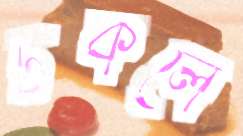
টকলে